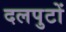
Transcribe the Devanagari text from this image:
दलपुटों